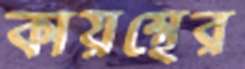
কায়স্থের